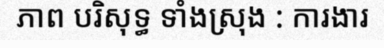
ភាព បរិសុទ្ធ ទាំងស្រុង : ការងារ